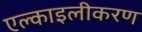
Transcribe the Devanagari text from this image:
एल्काइलीकरण